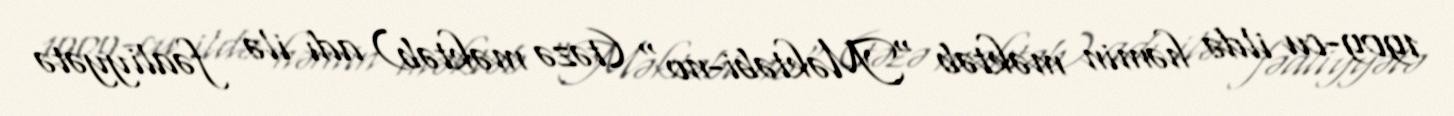
1909-cu ildə həmin məktəb "Məktəbi-no" (təzə məktəb) adı ilə fəaliyyətə